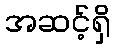
အဆင့်ရှိ